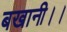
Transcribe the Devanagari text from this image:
बखानी।।